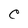
Character: C